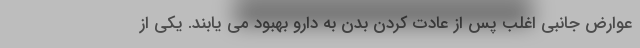
عوارض جانبی اغلب پس از عادت کردن بدن به دارو بهبود می یابند. یکی از